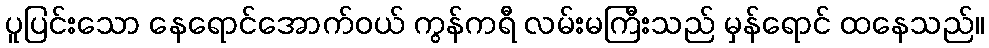
ပူပြင်းသော နေရောင်အောက်ဝယ် ကွန်ကရီ လမ်းမကြီးသည် မှန်ရောင် ထနေသည်။